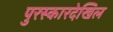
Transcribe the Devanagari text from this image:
पुरस्कारदेखिल